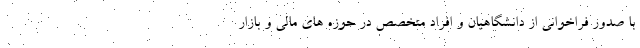
با صدور فراخوانی از دانشگاهیان و افراد متخصص در حوزه های مالی و بازار